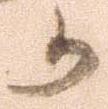
か